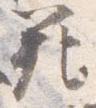
範